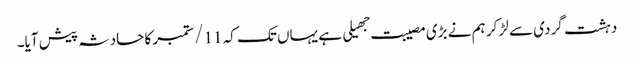
دہشت گردی سے لڑ کر ہم نے بڑی مصیبت جهیلی ہے یہاں تک کہ 11/ ستمبر کا حادثہ پیش آیا۔